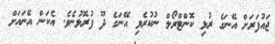
ޖައުފަރަށް އޭނަގެ ރުޅި ކޮންޓްރޯލް ނުކުރެވި އޭނަގެ ދޫ ފުރޮޅުނެވެ. އެކަން އޭނައަށް